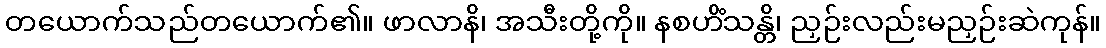
တယောက်သည်တယောက်၏။ ဖာလာနိ၊ အသီးတို့ကို။ နစဟိံသန္တိ၊ ညှဉ်းလည်းမညှဉ်းဆဲကုန်။